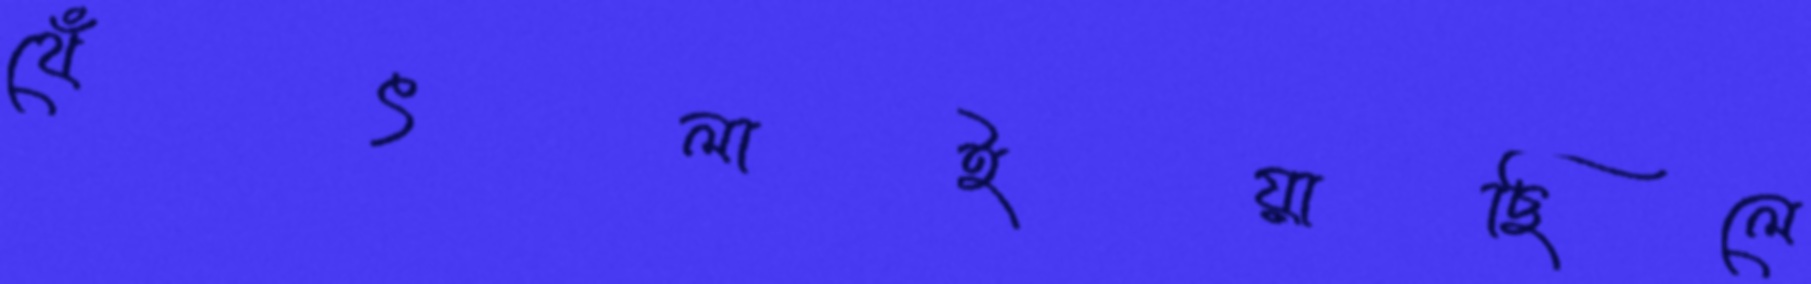
থেঁৎলাইয়াছিলে